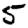
Digit: 5